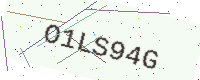
Text: O1LS94G